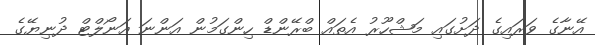
އޭނާގެ ވަރައިގެ ދަށުގައި މަޝްހޫރު އެތައް ބްރޭންޑް ހިންގަމުން އަންނަ އަނޯލްޓް ދުނިޔޭގެ